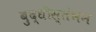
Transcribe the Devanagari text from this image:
बुद्धीस्तंभन